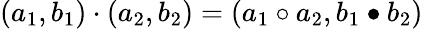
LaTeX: (a_{1},b_{1})\cdot(a_{2},b_{2})=(a_{1}\circ a_{2},b_{1}\bullet b_{2})